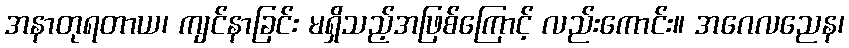
အနာတုရတာယ၊ ကျင်နာခြင်း မရှိသည့်အဖြစ်ကြောင့် လည်းကောင်း။ အဂေလညေန၊